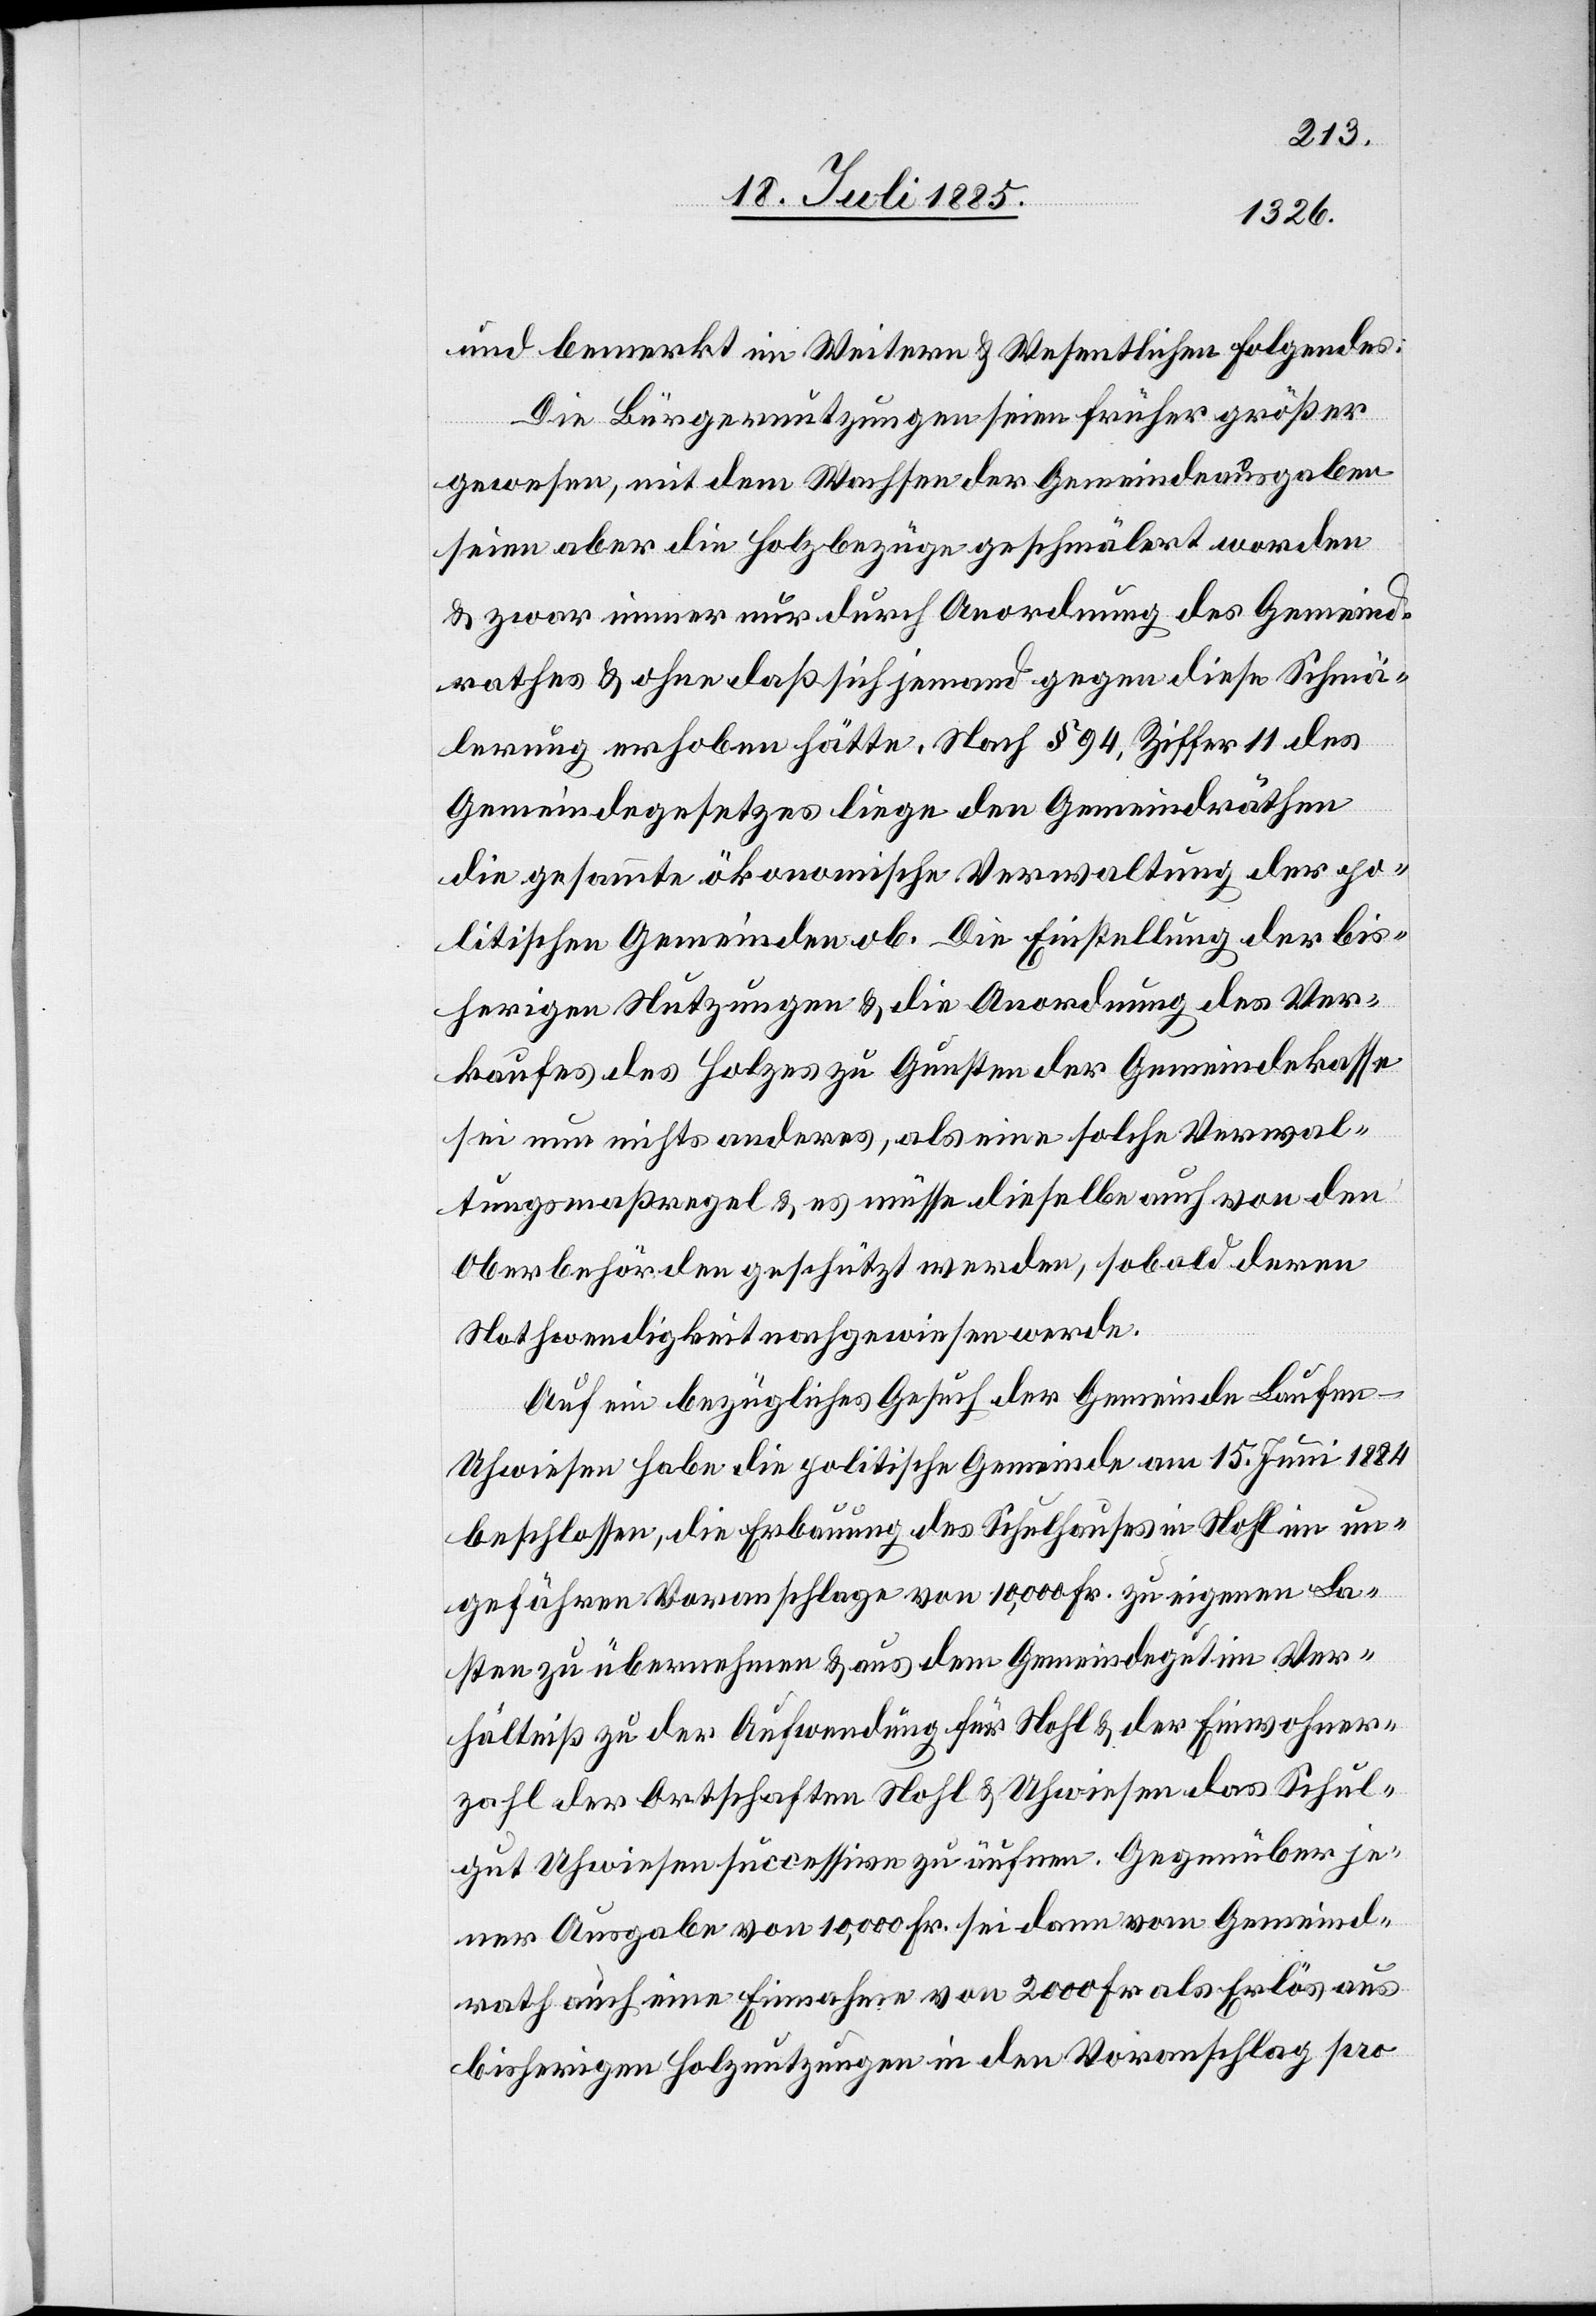
und bemerkt im Weitern & Wesentlichen Folgendes:
Die Bürgernutzungen seien früher größer
gewesen, mit dem Wachsen der Gemeindeausgaben
seien aber die Holzbezüge geschmälert worden
& zwar immer nur durch Anordnung des Gemeind¬
rathes & ohne daß sich jemand gegen diese Schmä¬
lerung erhoben hätte. Nach § 94, Ziffer 11 des
Gemeindegesetzes liege den Gemeindräthen
die gesammte ökonomische Verwaltung der po¬
litischen Gemeinden ob. Die Einstellung der bis¬
herigen Nutzungen & die Anordnung des Ver¬
kaufes des Holzes zu Gunsten der Gemeindekasse
sei nun nichts anderes, als eine solche Verwal¬
tungsmaßregel & es müsse dieselbe auch von den
Oberbehörden geschützt werden, sobald deren
Nothwendigkeit nachgewiesen werde.
Auf ein bezügliches Gesuch der Gemeinde Laufen-U¬
hwiesen habe die politische Gemeinde am 15. Juni 1884
beschlossen, die Erbauung des Schulhauses in Nohl im un¬
gefähren Voranschlage von 10,000 Fr. zu eigenen La¬
sten zu übernehmen & aus dem Gemeindegut im Ver¬
hältniß zu der Aufwendung für Nohl & der Einwohner¬
zahl der Ortschaften Nohl & Uhwiesen das Schul¬
gut Uhwiesen successive zu äufnen. Gegenüber je¬
ner Ausgabe von 10,000 Fr. sei dann vom Gemeind¬
rath auch eine Einnahme von 2000 Fr. als Erlös aus
bisherigen Holznutzungen in den Voranschlag pro